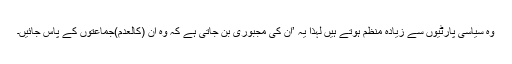
وہ سیاسی پارٹیوں سے زیادہ منظم ہوتے ہیں لہذا یہ ’ان کی مجبوری بن جاتی ہے کہ وہ ان (کالعدم)جماعتوں کے پاس جائیں۔